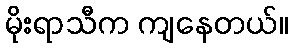
မိုးရာသီက ကျနေတယ်။